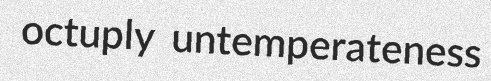
octuply untemperateness